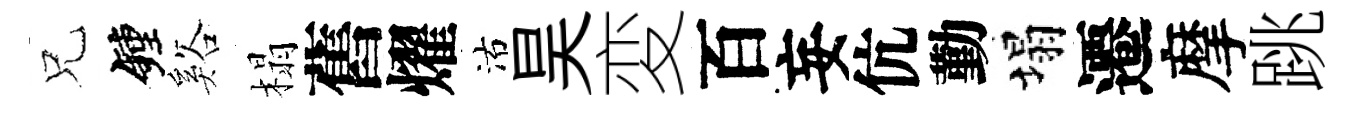
兄鐘谿榻舊燿沽昊変百妄伉勤塌遷摩跳